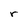
Character: r